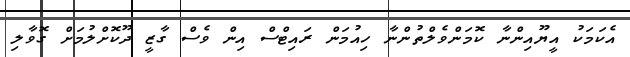
އެކަމަކު އީޔޫއިންނާ ކޮމަންވެލްތުންނާ ހިއުމަން ރައިޓްސް އިން ވެސް ގާޒީ ދޫކޮށްލުމަށް ގޮވާލި